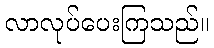
လာလုပ်ပေးကြသည်။